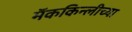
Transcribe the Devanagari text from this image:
मॅककिन्लीच्या